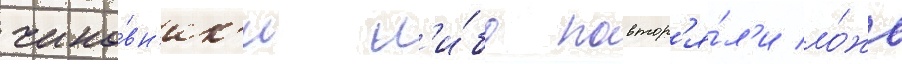
чино́вн'ик'и л'и́бо повтор'я́л'и ло́жь